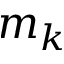
m _ { k }